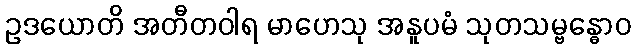
ဥဒယောတိ အတီတဝါရ မာဟေသု အနူပမံ သုတသမ္ဗန္ဓောဝ